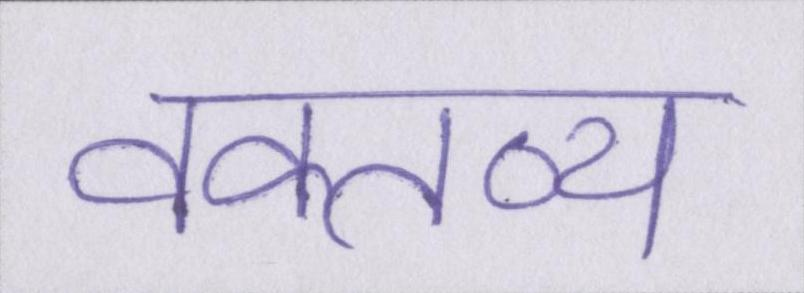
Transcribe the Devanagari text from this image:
वक्तव्य